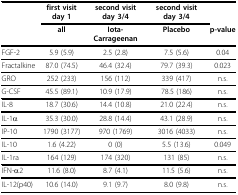
<table><thead><tr><td></td><td><b>first visit day 1</b></td><td><b>second visit day 3/4</b></td><td><b>second visit day 3/4</b></td><td></td></tr><tr><td></td><td><b>all</b></td><td><b>Iota-Carrageenan</b></td><td><b>Placebo</b></td><td><b>p-value</b></td></tr></thead><tbody><tr><td>FGF-2</td><td>5.9 (5.9)</td><td>2.5 (2.8)</td><td>7.5 (5.6)</td><td>0.04</td></tr><tr><td>Fractalkine</td><td>87.0 (74.5)</td><td>46.4 (32.4)</td><td>79.7 (39.3)</td><td>0.023</td></tr><tr><td>GRO</td><td>252 (233)</td><td>156 (112)</td><td>339 (417)</td><td>n.s.</td></tr><tr><td>G-CSF</td><td>45.5 (89.1)</td><td>10.9 (17.9)</td><td>78.5 (186)</td><td>n.s.</td></tr><tr><td>IL-8</td><td>18.7 (30.6)</td><td>14.4 (10.8)</td><td>21.0 (22.4)</td><td>n.s.</td></tr><tr><td>IL-1α</td><td>35.3 (30.0)</td><td>28.8 (14.4)</td><td>43.1 (28.9)</td><td>n.s.</td></tr><tr><td>IP-10</td><td>1790 (3177)</td><td>970 (1769)</td><td>3016 (4033)</td><td>n.s.</td></tr><tr><td>IL-10</td><td>1.6 (4.22)</td><td>0 (0)</td><td>5.5 (13.6)</td><td>0.049</td></tr><tr><td>IL-1ra</td><td>164 (129)</td><td>174 (320)</td><td>131 (85)</td><td>n.s.</td></tr><tr><td>IFN-α2</td><td>11.6 (8.0)</td><td>8.7 (4.1)</td><td>11.5 (5.6)</td><td>n.s.</td></tr><tr><td>IL-12(p40)</td><td>10.6 (14.0)</td><td>9.1 (9.7)</td><td>8.0 (9.8)</td><td>n.s.</td></tr></tbody></table>